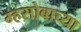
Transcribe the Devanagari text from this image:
म्हसोबाच्या